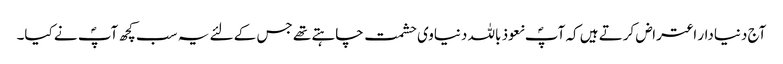
آج دنیادار اعتراض کرتے ہیں کہ آپؐ نعوذ باللہ دنیاوی حشمت چاہتے تھے جس کے لئے یہ سب کچھ آپؐ نے کیا۔